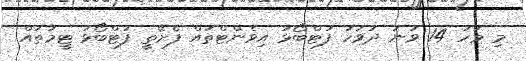
މި މަހު 14 ވަނަ ދުވަހު ފުޓްބޯޅަ އިވެންޓްތައް ފެށޭތީ ފުޓްބޯޅަ ޓީމުތައް